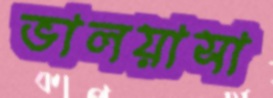
ভালয়াসা